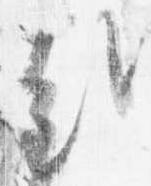
哉